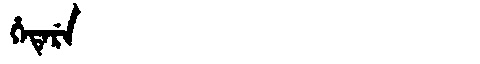
Manchu: ᡥᡝᡨᡝᡵᡝ
Romanization: HETERE